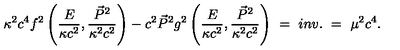
\kappa ^ { 2 } c ^ { 4 } f ^ { 2 } \left( \frac { E } { \kappa c ^ { 2 } } , \frac { \vec { P } ^ { 2 } } { \kappa ^ { 2 } c ^ { 2 } } \right) - c ^ { 2 } \vec { P } ^ { 2 } g ^ { 2 } \left( \frac { E } { \kappa c ^ { 2 } } , \frac { \vec { P } ^ { 2 } } { \kappa ^ { 2 } c ^ { 2 } } \right) \ = \ i n v . \ = \ \mu ^ { 2 } c ^ { 4 } .